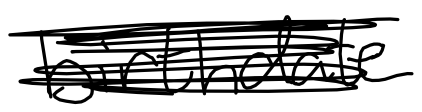
Text: birthdate
Cross-out: scratch
Writing tool: digital_black